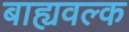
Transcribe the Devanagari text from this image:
बाह्यवल्क